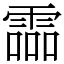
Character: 霝